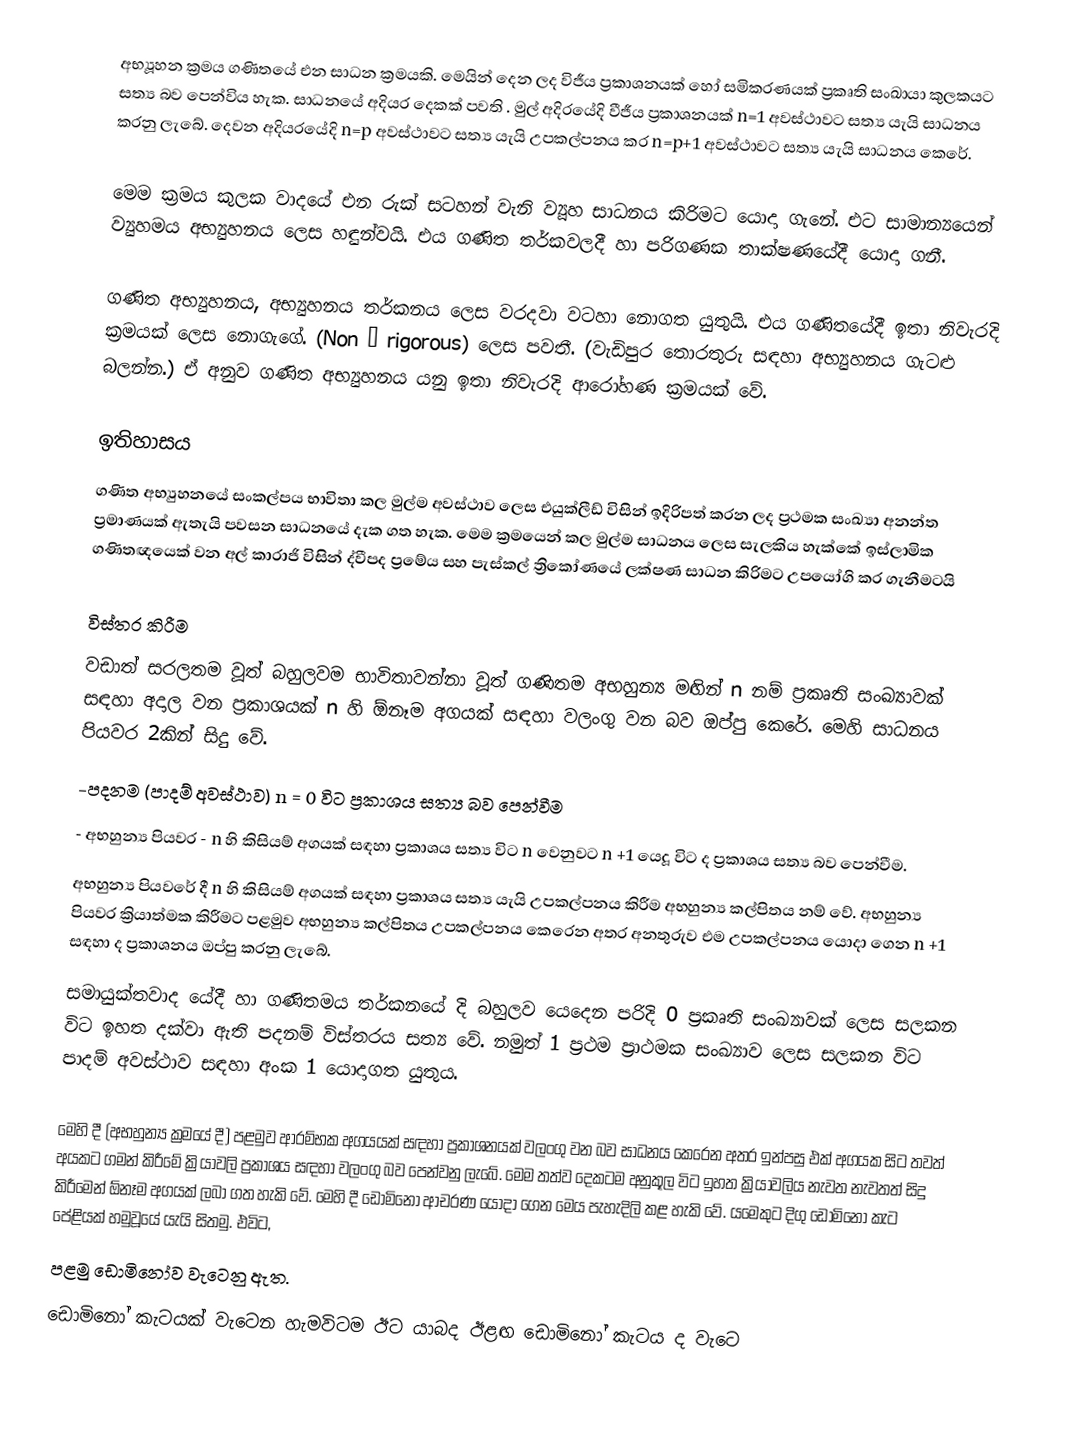
අභ්‍යූහන ක්‍රමය ගණිතයේ එන  සාධන ක්‍රමයකි.  මෙයින් දෙන ලද විජීය ප්‍රකාශනයක් හෝ සමිකරණයක් ප්‍රකෘති  සංඛායා කුලකයට සත්‍ය බව පෙන්විය හැක. සාධනයේ  අදියර දෙකක් පවති .   මුල් අදිරයේදි   වීජීය ප්‍රකාශනයක්  n=1 අවස්ථාවට සත්‍ය යැයි සාධනය කරනු ලැබේ. දෙවන අදියරයේදි  n=p  අවස්ථාවට  සත්‍ය යැයි උපකල්පනය කර  n=p+1  අවස්ථාවට   සත්‍ය යැයි  සාධනය කෙරේ.

මෙම ක්‍රමය  කුලක වාදයේ එන රුක් සටහන් වැනි ව්‍යූහ සාධනය කිරිමට යොදා ගැනේ. එට සාමාන්‍යයෙන් ව්‍යුහමය අභ්‍යුහනය ලෙස හඳුන්වයි. එය ගණිත තර්කවලදී හා පරිගණක තාක්ෂණයේදී යොදා ගනී.

ගණිත අභ්‍යුහනය, අභ්‍යුහනය තර්කනය ලෙස වරදවා වටහ‍ා නොගත යුතුයි. එය ගණිතයේදී ඉතා නිවැරදි ක්‍රමයක් ලෙස නොගැගේ. (Non – rigorous) ලෙස පවතී. (වැඩිපුර තොරතුරු සඳහා අභ්‍යුහනය ගැටළු බලන්න.) ඒ අනුව ගණිත අභ්‍යුහනය යනු ඉතා නිවැරදි ආරෝහණ ක්‍රමයක් වේ.

ඉතිහාසය
ගණිත අභ්‍යුහනයේ   සංකල්පය  භාවිතා කල මුල්ම  අවස්ථාව  ලෙස එයුක්ලීඩ්  විසින්  ඉදිරිපත්  කරන  ලද  ප්‍රථමක සංඛ්‍යා  අනන්ත ප්‍රමාණයක් ඇතැයි පවසන සාධනයේ  දැක ගත හැක. මෙම ක්‍රමයෙන් කල මුල්ම සාධනය ලෙස සැලකිය හැක්කේ     ඉස්ලාමික ගණිතඥයෙක් වන අල් කාරාජි  විසින්  ද්වීපද ප්‍රමේය  සහ  පැස්කල් ත්‍රිකෝණයේ  ලක්ෂණ සාධන කිරිමට උපයෝගි කර ගැනීමටයි

විස්තර කිරීම
වඩාත් සරලතම වූත් බහුලවම භාවිතාවන්නා වූත් ගණිතම අභහුන්‍ය මඟින් n  නම් ප්‍රකෘති සංඛ්‍යාවක් සඳහා අදාල වන ප්‍රකාශයක් n හි ඕනෑම අගයක් සඳහා වලංගු වන බව ඔප්පු කෙරේ. මෙහි සාධනය පියවර 2කින් සිදු වේ.
-පදනම (පාදම් අවස්ථාව) n = 0 විට ප්‍රකාශය සත්‍ය බව පෙන්වීම
- අභහුන්‍ය පියවර - n හි කිසියම් අගයක් සඳහා ප්‍රකාශය සත්‍ය විට n වෙනුවට n +1 යෙදූ විට ද ප්‍රකාශය සත්‍ය බව පෙන්වීම.
අභහුන්‍ය  පියවරේ දී n හි කිසියම් අගයක් සඳහා ප්‍රකාශය සත්‍ය යැයි උපකල්පනය කිරීම අභහුන්‍ය කල්පිතය නම් වේ. අභහුන්‍ය පියවර ක්‍රියාත්මක කිරීමට පළමුව අභහුන්‍ය කල්පිතය උපකල්පනය කෙරෙන අතර අනතුරුව එම උපකල්පනය යොදා ගෙන n +1 සඳහා ද ප්‍රකාශනය ඔප්පු කරනු ලැබේ.
සමායුක්තවාද යේදී හා ගණිතමය තර්කනයේ දි බහුලව යෙදෙන පරිදි 0 ප්‍රකෘති සංඛ්‍යාවක් ලෙස සලකන විට ඉහත දක්වා ඇති පදනම් විස්තරය සත්‍ය වේ. නමුත් 1 ප්‍රථම ප්‍රාථමක සංඛ්‍යාව ලෙස සලකන විට පාදම් අවස්ථාව සඳහා අංක 1 යොදාගත යුතුය.

මෙහි දී (අභහුන්‍ය ක්‍රමයේ දී) පළමුව ආරම්භක අගයයක් සඳහා ප්‍රකාශනයක් වලංගු වන බව සාධනය කෙරෙන අතර ඉන්පසු එක් අගයක සිට තවත් අයකට ගමන් කිරීමේ ක්‍රියාවලි ප්‍රකාශය සඳහා වලංගු බව පෙන්වනු ලැබේ. මෙම තත්ව දෙකටම අනුකූල විට ඉහත ක්‍රියාවලිය නැවත නැවතත් සිදු කිරීමෙන් ඕනෑම අගයක් ලබා ගත හැකි වේ. මෙහි දී ඩොමි‍නෝ ආචරණ යොදා ගෙන මෙය පැහැදිලි කළ හැකි වේ. යමෙකුට දිගු ඩොමිනෝ කැට පේළියක් හමුවූයේ යැයි සිතමු. එවිට,
	පළමු ඩොමිනෝව වැටෙනු ඇත.
	ඩොමිනෝ කැටයක් වැටෙන හැමවිටම ඊට යාබද ඊළඟ ඩොමිනෝ කැටය ද වැටෙ